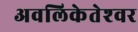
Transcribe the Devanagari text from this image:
अवलिकेतेश्‍वर